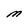
Character: M